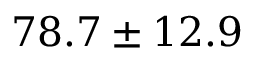
7 8 . 7 \pm 1 2 . 9